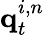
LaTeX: \textbf{q}_{t}^{i,n}